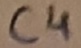
Text: C4